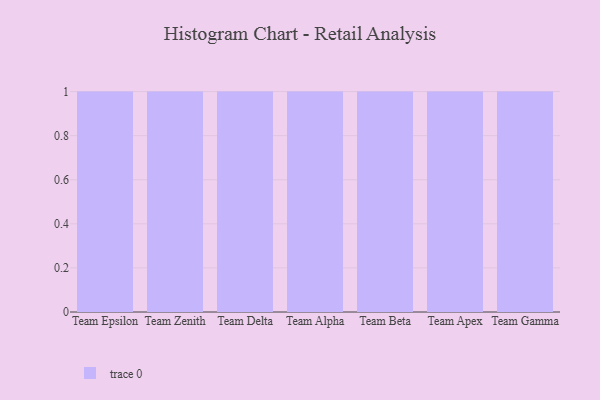
{"axis": {"x": "Team", "y": "Budget (USD K)"}, "legend": [""], "data": [{"x": "Team Epsilon", "y": 66, "type": ""}, {"x": "Team Zenith", "y": 63, "type": ""}, {"x": "Team Delta", "y": 34, "type": ""}, {"x": "Team Alpha", "y": 23, "type": ""}, {"x": "Team Beta", "y": 55, "type": ""}, {"x": "Team Apex", "y": 31, "type": ""}, {"x": "Team Gamma", "y": 51, "type": ""}]}